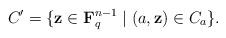
LaTeX: \begin{align*}C' =\{\mathbf{z} \in \mathbf{F}_{q}^{n-1} \mid (a,\mathbf{z}) \in C_a \}.\end{align*}